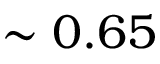
\sim 0 . 6 5